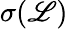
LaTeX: \sigma(\mathscr{L})